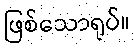
ဖြစ်သောရုပ်။